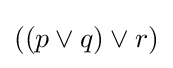
((p\lor q)\lor r)